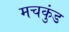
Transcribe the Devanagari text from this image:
मचकुंड